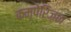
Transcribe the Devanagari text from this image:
कम्पेरिज़न